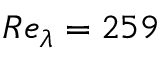
R e _ { \lambda } = 2 5 9